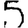
Digit: 5